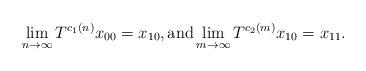
LaTeX: \begin{align*}\lim_{n\to\infty}T^{c_1(n)}x_{00}=x_{10}, \textup{and} \lim_{m\to\infty}T^{c_2(m)}x_{10}=x_{11}.\end{align*}